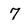
Character: 7